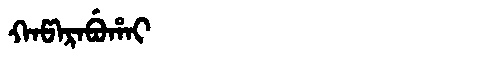
Manchu: ᡴᠠᡦᠠᡵᠠᠪᡠᡥᠠᡳ
Romanization: KAPARABUHAI